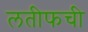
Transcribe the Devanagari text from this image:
लतीफची